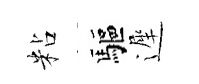
粘驅遲